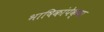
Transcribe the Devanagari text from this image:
भाषिकांपेक्षा